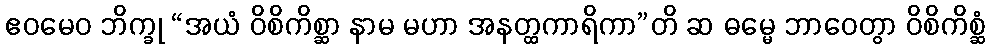
ဧဝမေဝ ဘိက္ခု “အယံ ဝိစိကိစ္ဆာ နာမ မဟာ အနတ္ထကာရိကာ”တိ ဆ ဓမ္မေ ဘာဝေတွာ ဝိစိကိစ္ဆံ